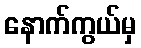
နောက်ကွယ်မှ